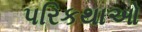
પરિકથાઓ